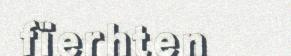
fïerhten